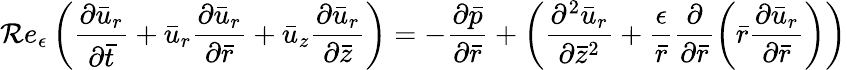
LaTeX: \mathcal{R}e_{\epsilon}\left(\frac{{{\partial}\bar{{u}}_{r}}}{{{\partial}\bar{{t}}}}+\bar{{u}}_{r}\frac{{{\partial}\bar{{u}}_{r}}}{{{\partial}\bar{{r}}}}+\bar{{u}}_{z}\frac{{{\partial}\bar{{u}}_{r}}}{{{\partial}\bar{{z}}}}\right)=-\frac{{{\partial}\bar{{p}}}}{{{\partial}\bar{{r}}}}+\left(\frac{{{\partial}^{2}\bar{{u}}_{r}}}{{{\partial}\bar{{z}}^{2}}}+\frac{{\epsilon}}{{\bar{{r}}}}\frac{{{\partial}}}{{{\partial}\bar{{r}}}}\left(\bar{{r}}\frac{{{\partial}\bar{{u}}_{r}}}{{{\partial}\bar{{r}}}}\right)\right)